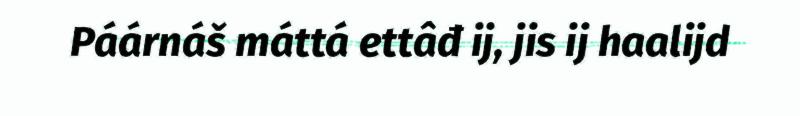
Páárnáš máttá ettâđ ij, jis ij haalijd